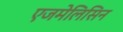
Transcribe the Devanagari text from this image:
एजमेलिसिन